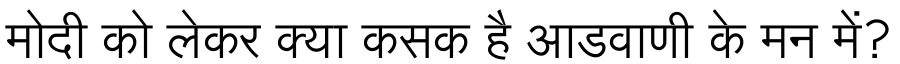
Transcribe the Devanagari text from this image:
मोदी को लेकर क्या कसक है आडवाणी के मन में?